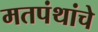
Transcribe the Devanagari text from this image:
मतपंथांचे